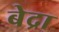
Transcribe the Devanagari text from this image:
बेद्रा